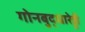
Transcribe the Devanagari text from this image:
गोनबुद्धारेड्डी